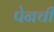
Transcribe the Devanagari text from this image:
पेनची